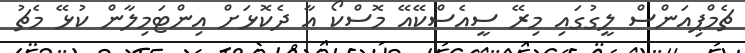
ޗެމްޕިއަންސް ލީގުގައި މިރޭ ސީއެސްކޭއޭ މޮސްކޯ އާ ދެކޮޅަށް އިންޓަމިލާން ކުޅޭ މެޗު